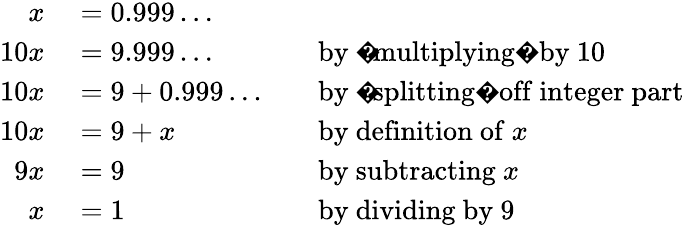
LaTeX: \begin{array}{rlrl}{x}&{{}=0.999\ldots}\\ {10x}&{{}=9.999\ldots}&{}&{{}{\mathrm{by~�multiplying�~by~}}10}\\ {10x}&{{}=9+0.999\ldots}&{}&{{}{\mathrm{by~�splitting�~off~integer~part}}}\\ {10x}&{{}=9+x}&{}&{{}{\mathrm{by~definition~of~}}x}\\ {9x}&{{}=9}&{}&{{}{\mathrm{by~subtracting~}}x}\\ {x}&{{}=1}&{}&{{}{\mathrm{by~dividing~by~}}9}\end{array}